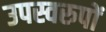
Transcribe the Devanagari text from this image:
उपस्वरुपों